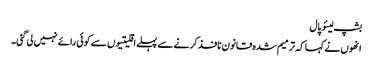
بشپ لیئو پال
انھوں نے کہا کہ ترمیم شدہ قانون نافذ کرنے سے پہلے اقلیتیوں سے کوئی رائے نہیں لی گئی۔